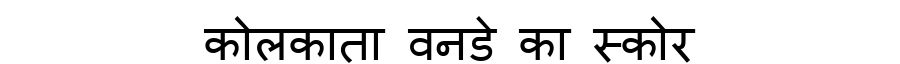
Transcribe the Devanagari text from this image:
कोलकाता वनडे का स्कोर